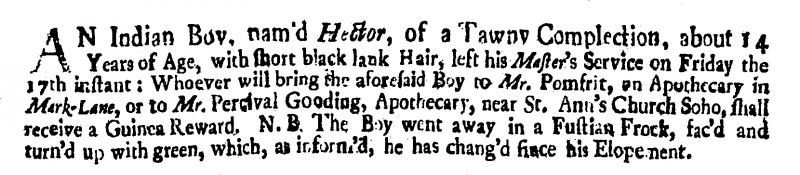
Parker’s London News or the Impartial Intelligencer, 19 October 1724 (England)
AN Indian Boy, nam’d Hector, of a Tawny Complection, about 14 Years of Age, with short black lank Hair, left his Master’s Service on Friday the 17th instant: Whoever will bring the aforesaid Boy to Mr. Pomfrit, an Apothecary in Mark-Lane, or to Mr. Percival Gooding, Apothecary, near St. Ann’s Church Soho, shall receive a Guinea Reward. N.B. The Boy went away in a Fustian Frock, fac’d and turn’d up with green, which, as informed, he has chang’d since his Elopement.